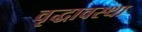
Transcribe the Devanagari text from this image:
वृद्धावस्‍था